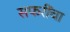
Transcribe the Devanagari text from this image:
सफरींचा